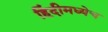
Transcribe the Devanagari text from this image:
हिंदीमध्येच